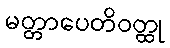
မတ္တာပေတိဝတ္ထု